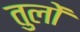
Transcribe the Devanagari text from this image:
तुलों